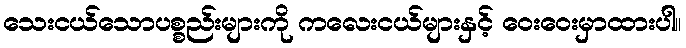
သေးငယ်သောပစ္စည်းများကို ကလေးငယ်များနှင့် ဝေးဝေးမှာထားပါ။